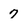
Character: 7